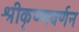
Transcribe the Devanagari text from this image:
श्रीकृष्णवर्णन